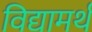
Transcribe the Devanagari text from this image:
विद्यामर्थं